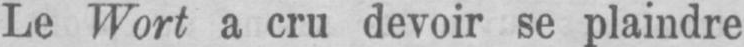
Le Wort a cru devoir se plaindre